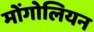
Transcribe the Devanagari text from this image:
मोंगोलियन